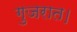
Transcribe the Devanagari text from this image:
गुजरात।